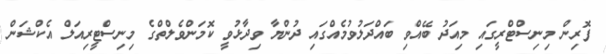
ފޮރިން މިނިސްޓްރީގައި މިއަދު ބޭއްވި ބައްދަލުވުމެއްގައި ދުންޔާ ވިދާޅުވީ ކޮމަންވެލްތްގެ މިނިސްޓީރިއަލް އެކްޝަން